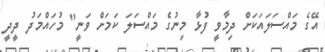
އޭގެ މައްސަލައަކަށް ދިމާވީ ފުޅާ މިނުގެ މައްސަލަ ކަމަށް ވަނީ" މުހައްމަދު ދީދީ